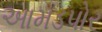
આમડપોર